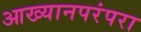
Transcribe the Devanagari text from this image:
आख्यानपरंपरा